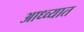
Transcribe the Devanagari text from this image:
आध्व्यात